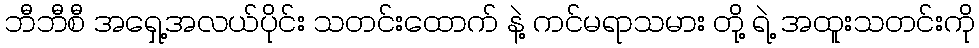
ဘီဘီစီ အရှေ့အလယ်ပိုင်း သတင်းထောက် နဲ့ ကင်မရာသမား တို့ ရဲ့ အထူးသတင်းကို